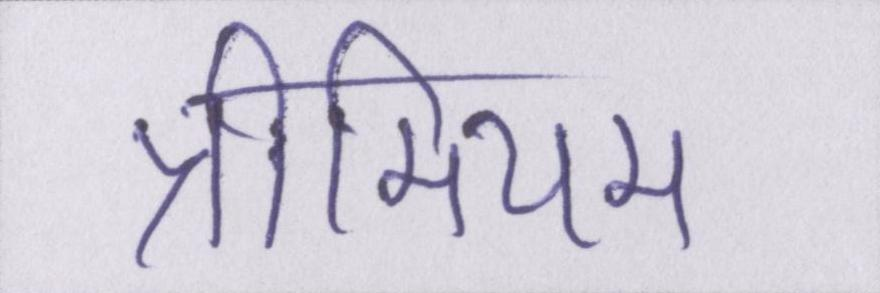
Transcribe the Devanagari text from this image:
प्रीमियम